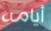
أيامه